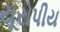
યૂરોપીય